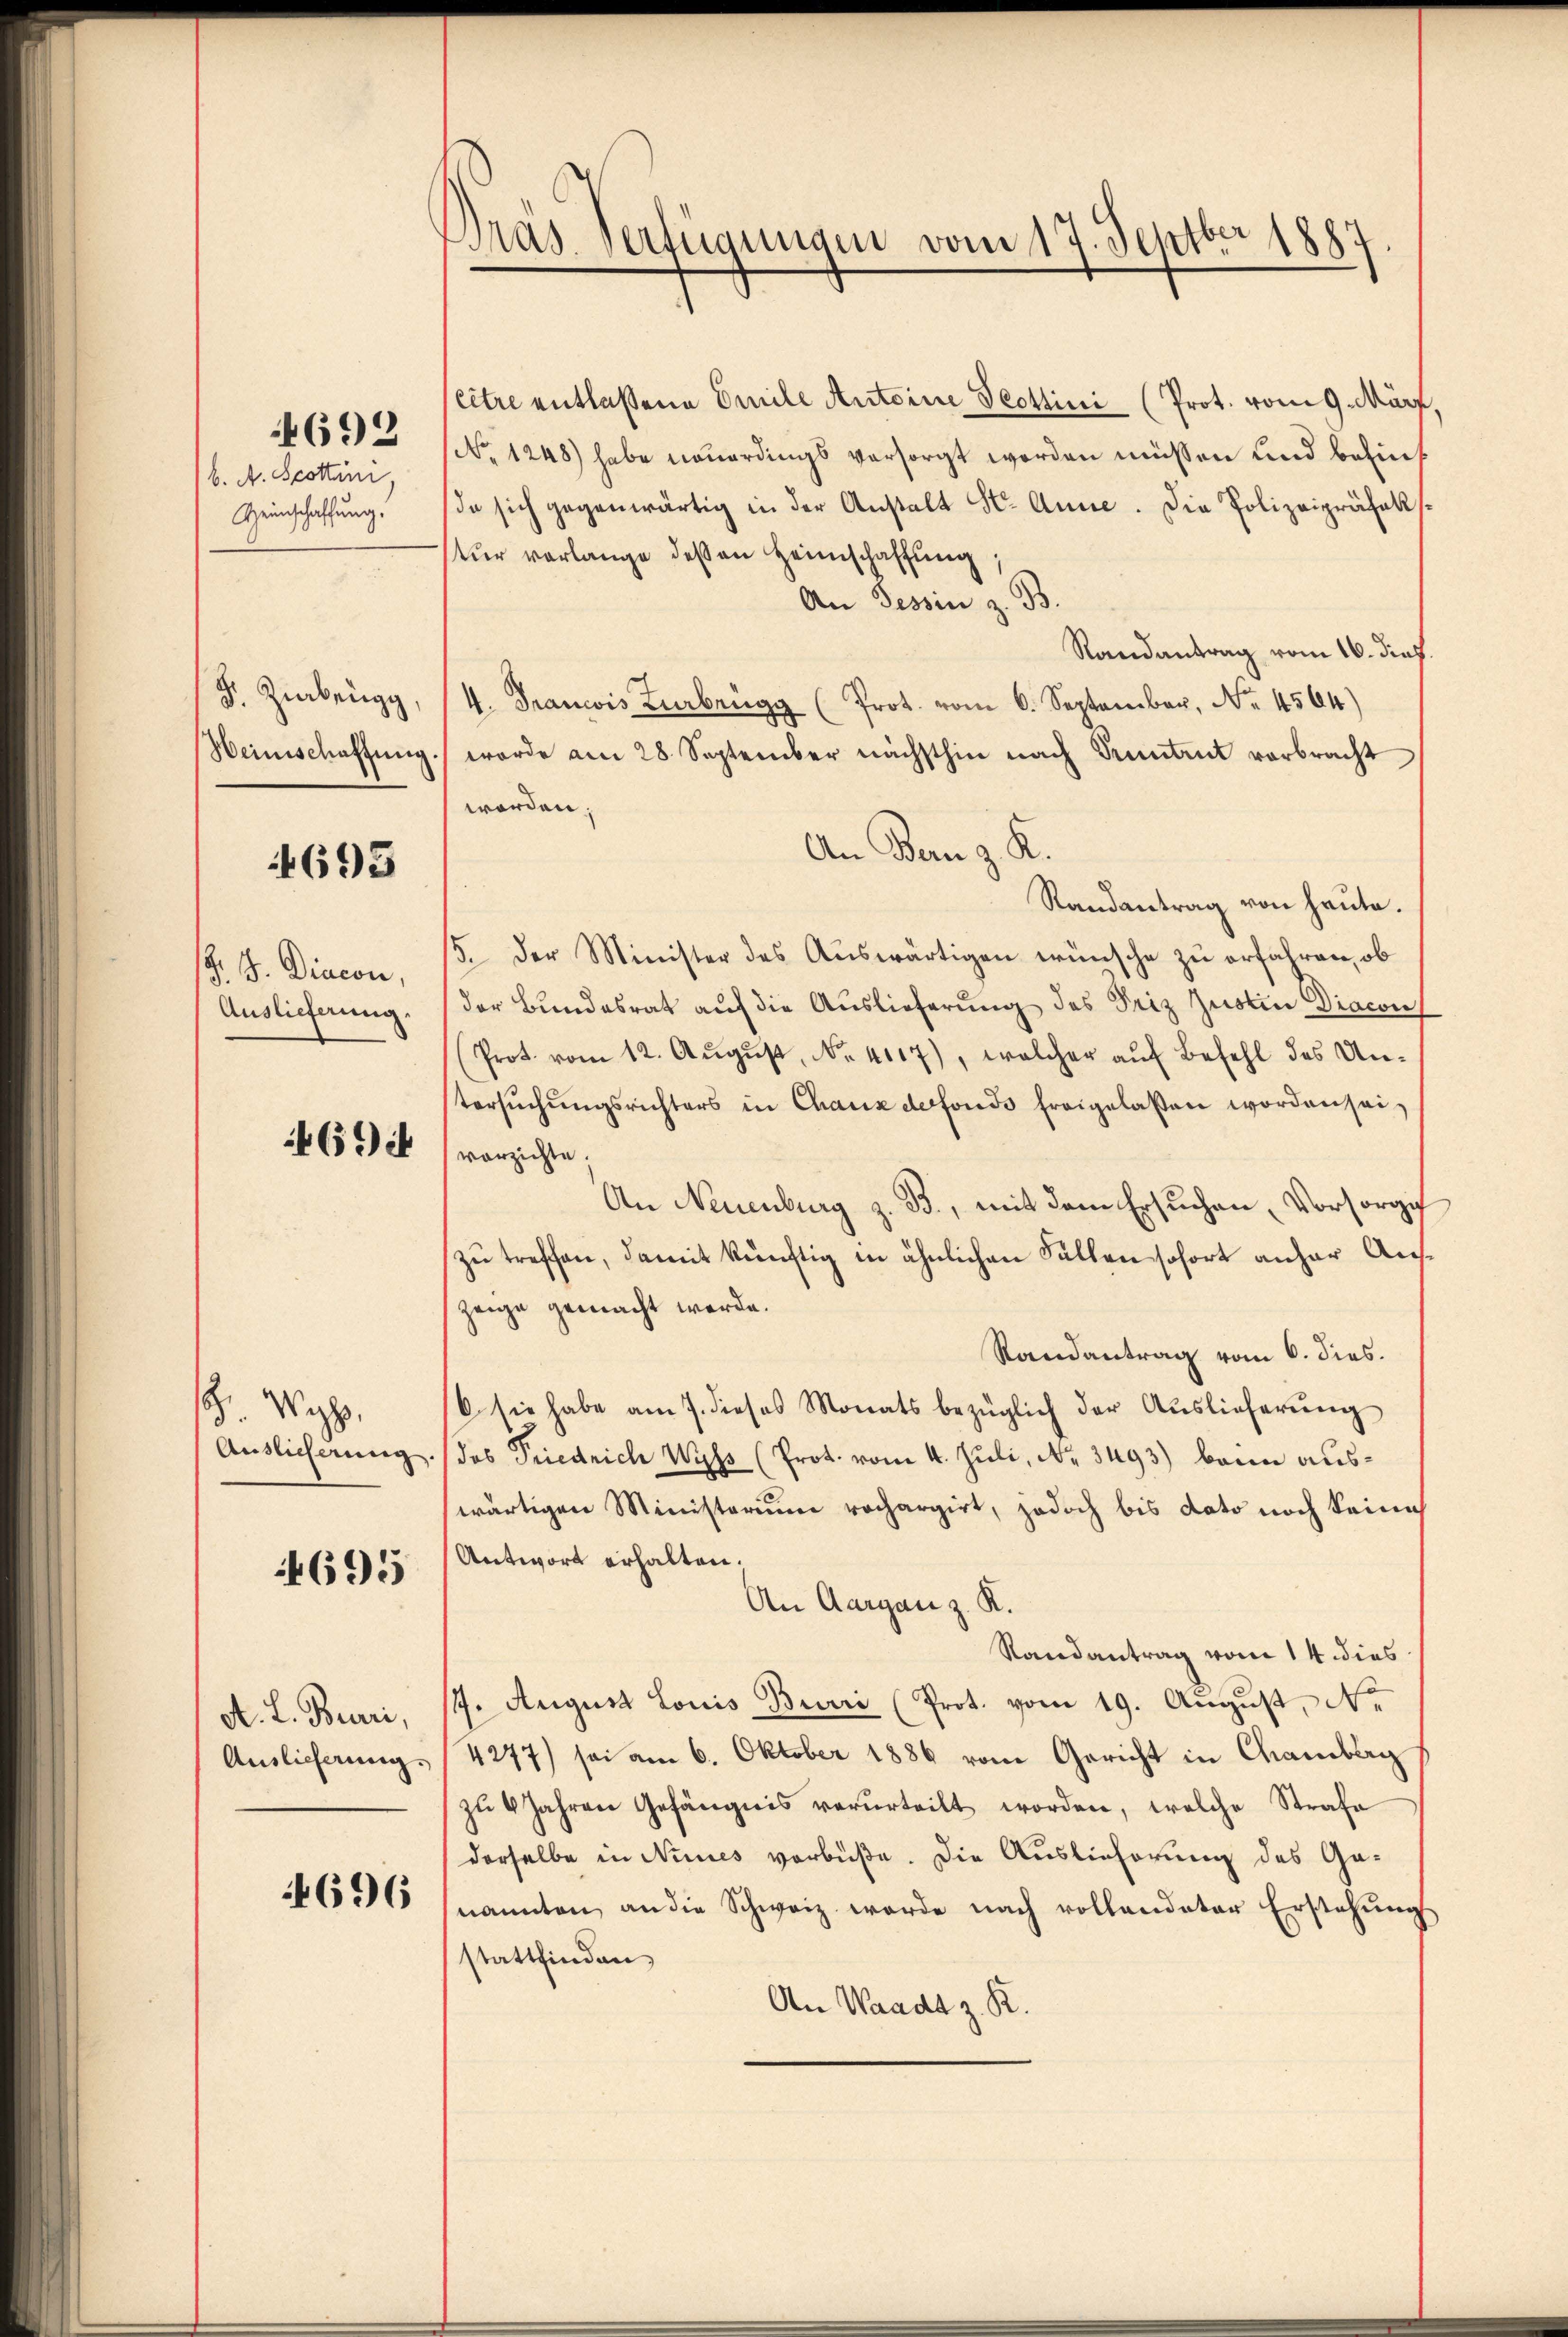
b. A. Scottini,
Heinschaffung.

4692

F. Zibrugg,
Weinschaftung

4695

Z. G. Diacon,
Auslieferung.

469

. Was
Auslicherung.

4695

A. L. Burri,
Auslieferung.

4696

Dras Verfügungen vom 17. Septber 1890

citre entlaßene Emile Antoine Teottini (Prot. vom 9. März,
No 1248) habe neuerdings versorgt worden müssen und bezieh
da sich gegenwärtig in der Anstalt Hr. Anne. Die Polizeipräsekstur vorlange dessen Heimschaffung
An Tessin z. B.
Randantrag vom 16. dief.
4. Francis Kerbrügg (Prot. vom 6. September, No. 4564)
worde am 28. September nächsthin nach Sonntent verbracht
worden;
An Bern z. K.
Randantrag von heute.
5. Der Minister des Auswärtigen wünsche zu erfahren, ob
der Bundesrat auf die Auslieferung des Seiz Zustin Diacon
(Prot. vom 12. Aŭgŭst No. 4117), welcher aŭf Befehl des Untersŭchŭngsrichters in Chauxdefonds freigelassen worden sei,
vorzichte;
An Neuenburg z. B., mit dem Ersuchen Vorsorge
zu treffen, damit künftig in ähnlichen Fällen sofort anher Auszeige gemacht werde.
Randantrag vom 6. dies.
6 sie habe am 7. dieses Monats bezüglich der Auslieferŭng
das Priedrich Wyss (Prot. vom 4. Juli, Nr. 3493) beim auswärtigen Ministerium rechargirt, jedoch bis dato noch keine
Antwort erhalten.
An Aargau z. K.
Randantrag vom 14. dies
7. August Louis Burri (Prot. vom 19. August, Ne
4277) sei am 6. Oktober 1886 vom Gericht in Chamberg
zŭ 4 Jahren Gefängnis verurteilt worden, welche Strafe
derselbe in Nines verbüße. Die Auslieferung des Genannten, an die Schweiz werde nach vollendeter Erstehŭng
stattfinden
An Waadt z. R.